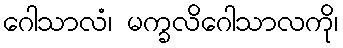
ဂေါသာလံ၊ မက္ခလိဂေါသာလကို၊